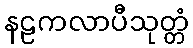
နဠကလာပီသုတ္တံ